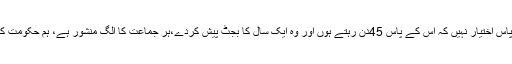
عمران خان نے کہا کہ کسی حکومت کے پاس اختیار نہیں کہ اس کے پاس 45دن رہتے ہوں اور وہ ایک سال کا بجٹ پیش کردے،ہر جماعت کا الگ منشور ہے، ہم حکومت کے اس اقدام کی بھرپور مداخلت کریں گے۔